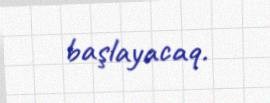
başlayacaq.